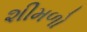
શીમળો